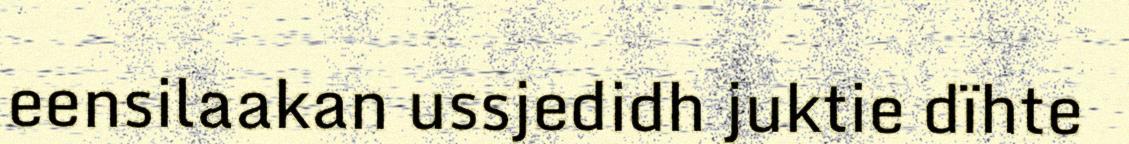
eensilaakan ussjedidh juktie dïhte